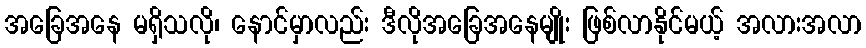
အခြေအနေ မရှိသလို၊ နောင်မှာလည်း ဒီလိုအခြေအနေမျိုး ဖြစ်လာနိုင်မယ့် အလားအလာ